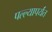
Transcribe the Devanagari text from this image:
पल्ल्यापर्यंत